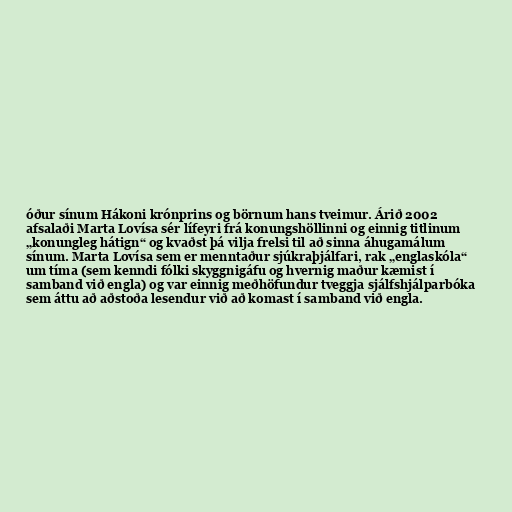
óður sínum Hákoni krónprins og börnum hans tveimur. Árið 2002
afsalaði Marta Lovísa sér lífeyri frá konungshöllinni og einnig titlinum
„kon­ung­leg há­tign“ og kvaðst þá vilja frelsi til að sinna áhuga­mál­um
sín­um. Marta Lovísa sem er menntaður sjúkraþjálfari, rak „engla­skóla“
um tíma (sem kenndi fólki skyggnigáfu og hvernig maður kæmist í
samband við engla) og var einnig meðhöfundur tveggja sjálfshjálparbóka
sem áttu að aðstoða lesendur við að komast í samband við engla.